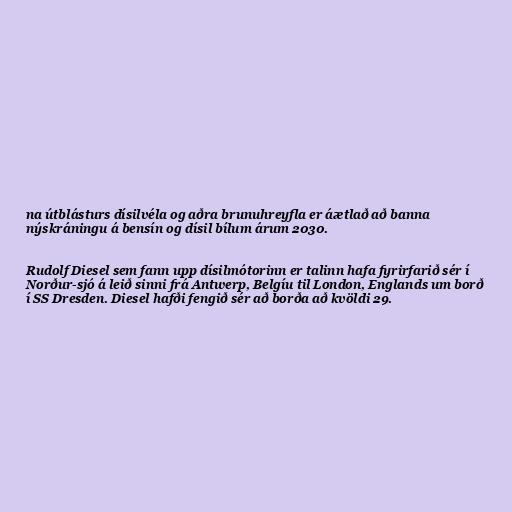
na útblásturs dísilvéla og aðra brunuhreyfla er áætlað að banna
nýskráningu á bensín og dísil bílum árum 2030.

Rudolf Diesel sem fann upp dísilmótorinn er talinn hafa fyrirfarið sér í
Norður-sjó á leið sinni frá Antwerp, Belgíu til London, Englands um borð
í SS Dresden. Diesel hafði fengið sér að borða að kvöldi 29.